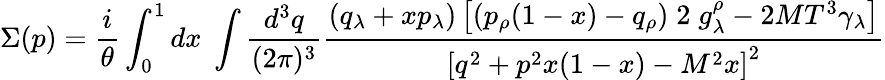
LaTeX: \Sigma(p)={\frac{i}{\theta}}\int_{0}^{1}dx\; \int{\frac{d^{3}q}{(2\pi)^{3}}}{\frac{\left(q_{\lambda}+xp_{\lambda}\right)\left[\left(p_{\rho}(1-x)-q_{\rho}\right)\; 2\; g_{\lambda}^{\rho}-2MT^{3}\gamma_{\lambda}\right]}{\left[q^{2}+p^{2}x(1-x)-M^{2}x\right]^{2}}}